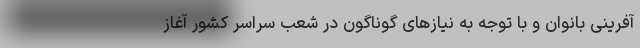
‌آفرینی بانوان و با توجه به نیازهای گوناگون در شعب سراسر کشور آغاز